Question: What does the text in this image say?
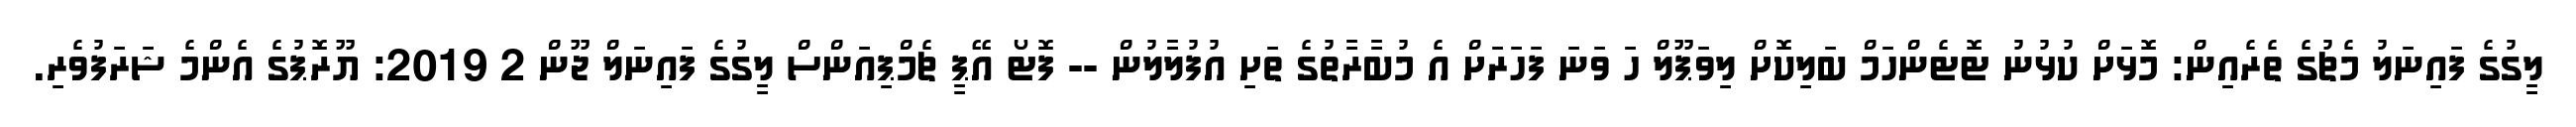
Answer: ލީގުގެ ފައިނަލު މެޗުގެ ތެރެއިން: މޮޅަށް ކުޅުނު ޓޮޓެންހަމް ބަލިކޮށް ލިވަޕޫލް ހަ ވަނަ ފަހަރަށް އެ މުބާރާތުގެ ތަށި އުފުލާލުން -- ފޮޓޯ އޭޕީ ޗެމްޕިއަންސް ލީގުގެ ފައިނަލް ޖޫން 2 2019: ޔޫރޮޕުގެ އެންމެ ޝަރަފުވެރި.